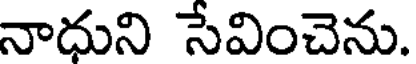
నాధుని సేవించెను.